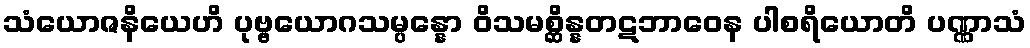
သံယောဇနိယေဟိ ပုဗ္ဗယောဂသမ္ပန္နော ဝိသမစ္ဆိန္နတဋဘာဝေန ပါစရိယောတိ ပဏ္ဏာသံ